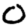
Digit: 0